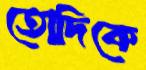
তোদিকে